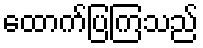
ထောက်ပြကြသည်